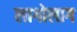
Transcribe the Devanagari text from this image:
लागोलाग